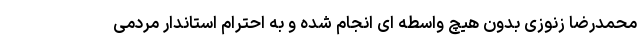
محمدرضا زنوزی بدون هیچ واسطه ای انجام شده و به احترام استاندار مردمی